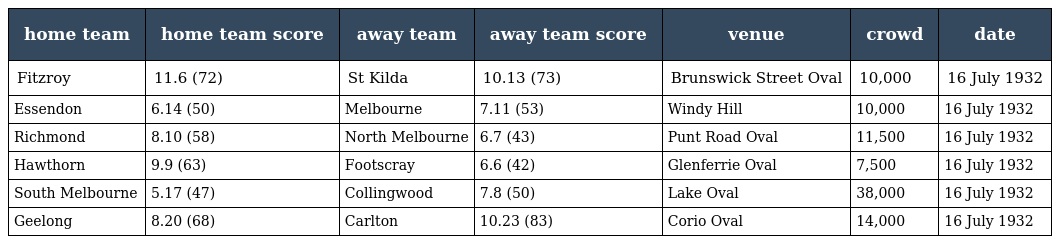
| home team | home team score | away team | away team score | venue | crowd | date |
 | --- | --- | --- | --- | --- | --- | --- |
 | Fitzroy | 11.6 (72) | St Kilda | 10.13 (73) | Brunswick Street Oval | 10,000 | 16 July 1932 |
 | Essendon | 6.14 (50) | Melbourne | 7.11 (53) | Windy Hill | 10,000 | 16 July 1932 |
 | Richmond | 8.10 (58) | North Melbourne | 6.7 (43) | Punt Road Oval | 11,500 | 16 July 1932 |
 | Hawthorn | 9.9 (63) | Footscray | 6.6 (42) | Glenferrie Oval | 7,500 | 16 July 1932 |
 | South Melbourne | 5.17 (47) | Collingwood | 7.8 (50) | Lake Oval | 38,000 | 16 July 1932 |
 | Geelong | 8.20 (68) | Carlton | 10.23 (83) | Corio Oval | 14,000 | 16 July 1932 |